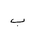
Letter: _ba